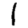
Digit: 1